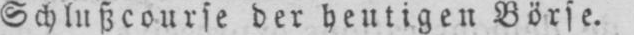
Schlußcourse der heutigen Börse.